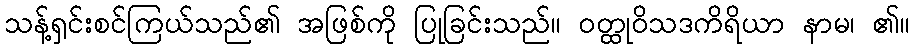
သန့်ရှင်းစင်ကြယ်သည်၏ အဖြစ်ကို ပြုခြင်းသည်။ ဝတ္ထုဝိသဒကိရိယာ နာမ၊ ၏။